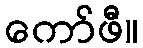
ကော်ဖီ။